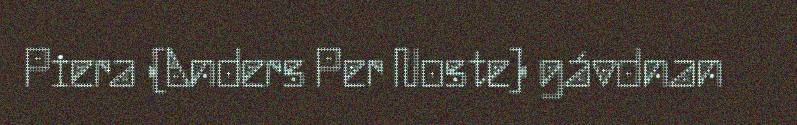
Piera (Anders Per Noste) gávdnan